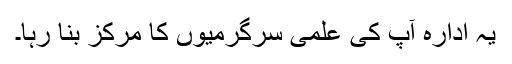
یہ ادارہ آپ کی علمی سرگرمیوں کا مرکز بنا رہا۔